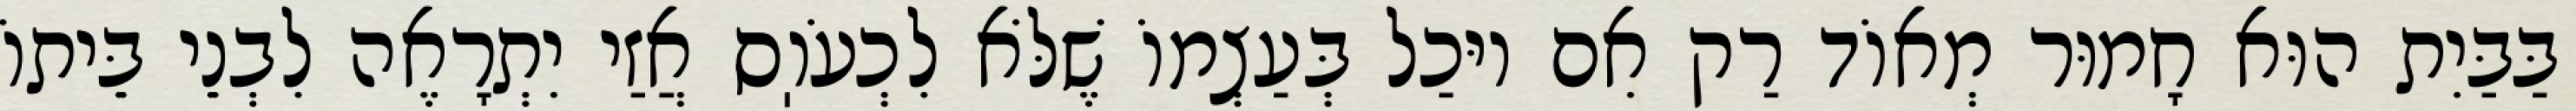
בַּבַּיִת הוּא חָמוּר מְאוֹד רַק אִם יוּכַל בְּעַצְמוֹ שֶׁלֹּא לִכְעֹוֽס אֲזַי יִתְרָאֶה לִבְנֵי בֵּיתוֹ